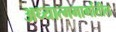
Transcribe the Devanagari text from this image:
अध्यात्ममार्गातील